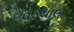
વડથાલ